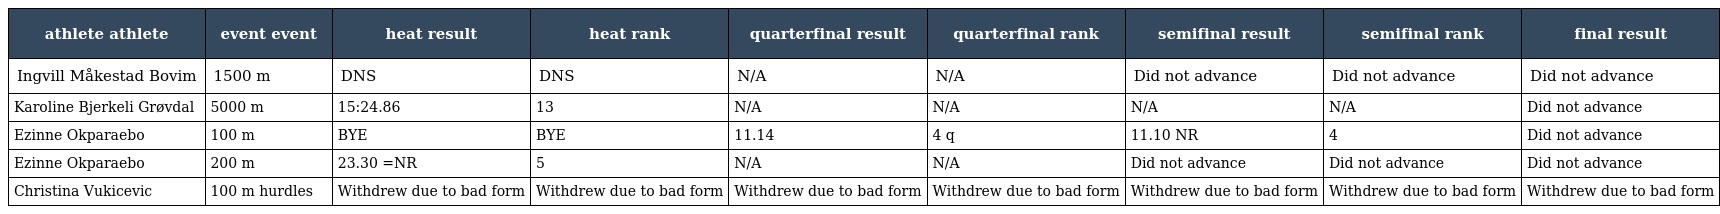
| athlete athlete | event event | heat result | heat rank | quarterfinal result | quarterfinal rank | semifinal result | semifinal rank | final result |
 | --- | --- | --- | --- | --- | --- | --- | --- | --- |
 | Ingvill Måkestad Bovim | 1500 m | DNS | DNS | N/A | N/A | Did not advance | Did not advance | Did not advance |
 | Karoline Bjerkeli Grøvdal | 5000 m | 15:24.86 | 13 | N/A | N/A | N/A | N/A | Did not advance |
 | Ezinne Okparaebo | 100 m | BYE | BYE | 11.14 | 4 q | 11.10 NR | 4 | Did not advance |
 | Ezinne Okparaebo | 200 m | 23.30 =NR | 5 | N/A | N/A | Did not advance | Did not advance | Did not advance |
 | Christina Vukicevic | 100 m hurdles | Withdrew due to bad form | Withdrew due to bad form | Withdrew due to bad form | Withdrew due to bad form | Withdrew due to bad form | Withdrew due to bad form | Withdrew due to bad form |